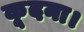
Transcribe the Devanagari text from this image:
कूदना।